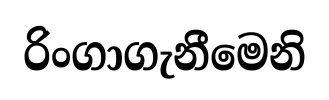
රිංගාගැනීමෙනි